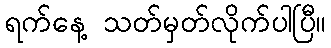
ရက်နေ့ သတ်မှတ်လိုက်ပါပြီ။